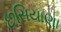
છસિયાણા